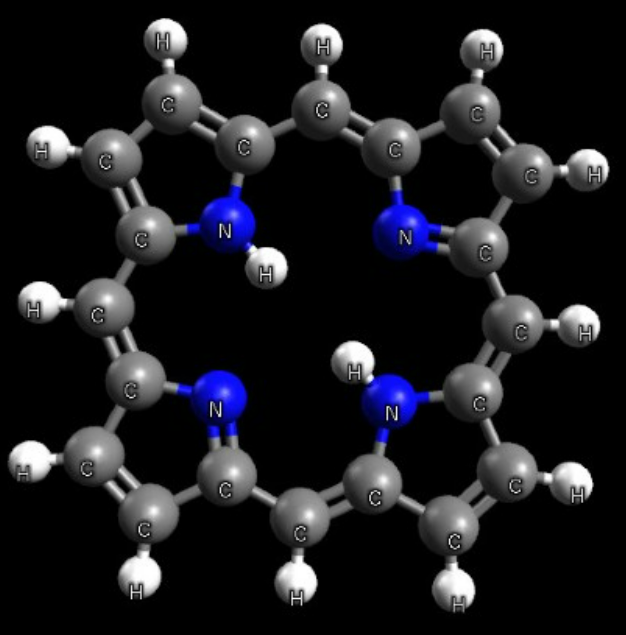
avogadro, ball and sticks